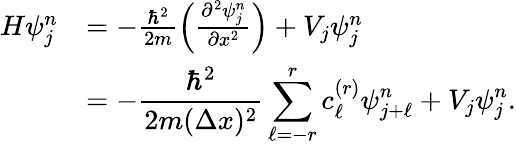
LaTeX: \begin{array}{rl}{H\psi_{j}^{n}}&{=-\frac{\hbar^{2}}{2m}\left(\frac{\partial^{2}\psi_{j}^{n}}{\partial x^{2}}\right)+V_{j}\psi_{j}^{n}}\\ &{=\displaystyle-\frac{\hbar^{2}}{2m(\Delta x)^{2}}\sum_{\ell=-r}^{r}c_{\ell}^{(r)}\psi_{j+\ell}^{n}+V_{j}\psi_{j}^{n}.}\end{array}